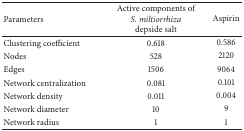
| Parameters | Active components of S. miltiorrhiza depside salt | Aspirin |
 | --- | --- | --- |
 | Clustering coefficient | 0.618 | 0.586 |
 | Nodes | 528 | 2120 |
 | Edges | 1506 | 9064 |
 | Network centralization | 0.081 | 0.101 |
 | Network density | 0.011 | 0.004 |
 | Network diameter | 10 | 9 |
 | Network radius | 1 | 1 |